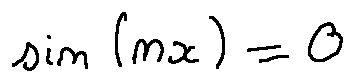
\sin ( n x ) = 0